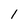
Character: 1